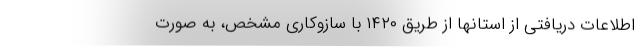
اطلاعات دریافتی از استانها از طریق ۱۴۲۰ با سازوکاری مشخص، به صورت